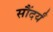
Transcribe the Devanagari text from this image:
सौंदर्यं